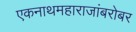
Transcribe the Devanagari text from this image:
एकनाथमहाराजांबरोबर